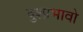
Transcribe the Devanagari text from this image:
दुश्प्रभावो